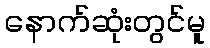
နောက်ဆုံးတွင်မူ